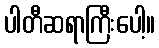
ပါတီဆရာကြီးပေါ့။